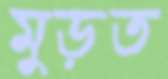
মুড়ত